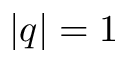
| q | = 1